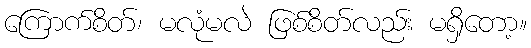
ကြောက်စိတ်၊ မလုံမလဲ ဖြစ်စိတ်လည်း မရှိတော့။